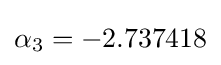
\alpha _{3}=-2.737418